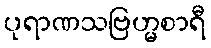
ပုရာဏသဗြဟ္မစာရီ